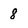
Character: 8